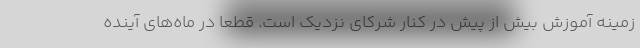
زمینه آموزش بیش از پیش در کنار شرکای نزدیک است. قطعا در ماه‌های آینده